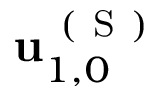
\mathbf { u } _ { 1 , 0 } ^ { \mathrm { ~ ( ~ S ~ ) ~ } }